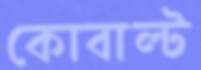
কোবাল্ট